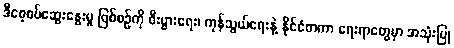
ဒီစေ့စပ်ဆွေးနွေးမှု ဖြစ်စဉ်ကို စီးပွားရေး၊ ကုန်သွယ်ရေးနဲ့ နိုင်ငံတကာ ရေးရာတွေမှာ အသုံးပြု